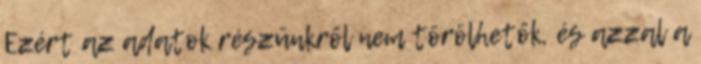
Ezért az adatok részünkről nem törölhetők, és azzal a